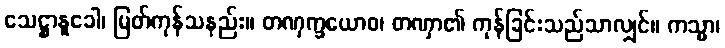
သေဋ္ဌာနူခေါ၊ မြတ်ကုန်သနည်း။ တဏှက္ခယောဝ၊ တဏှာ၏ ကုန်ခြင်းသည်သာလျှင်။ ကသ္မာ၊